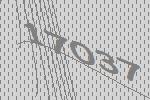
17037